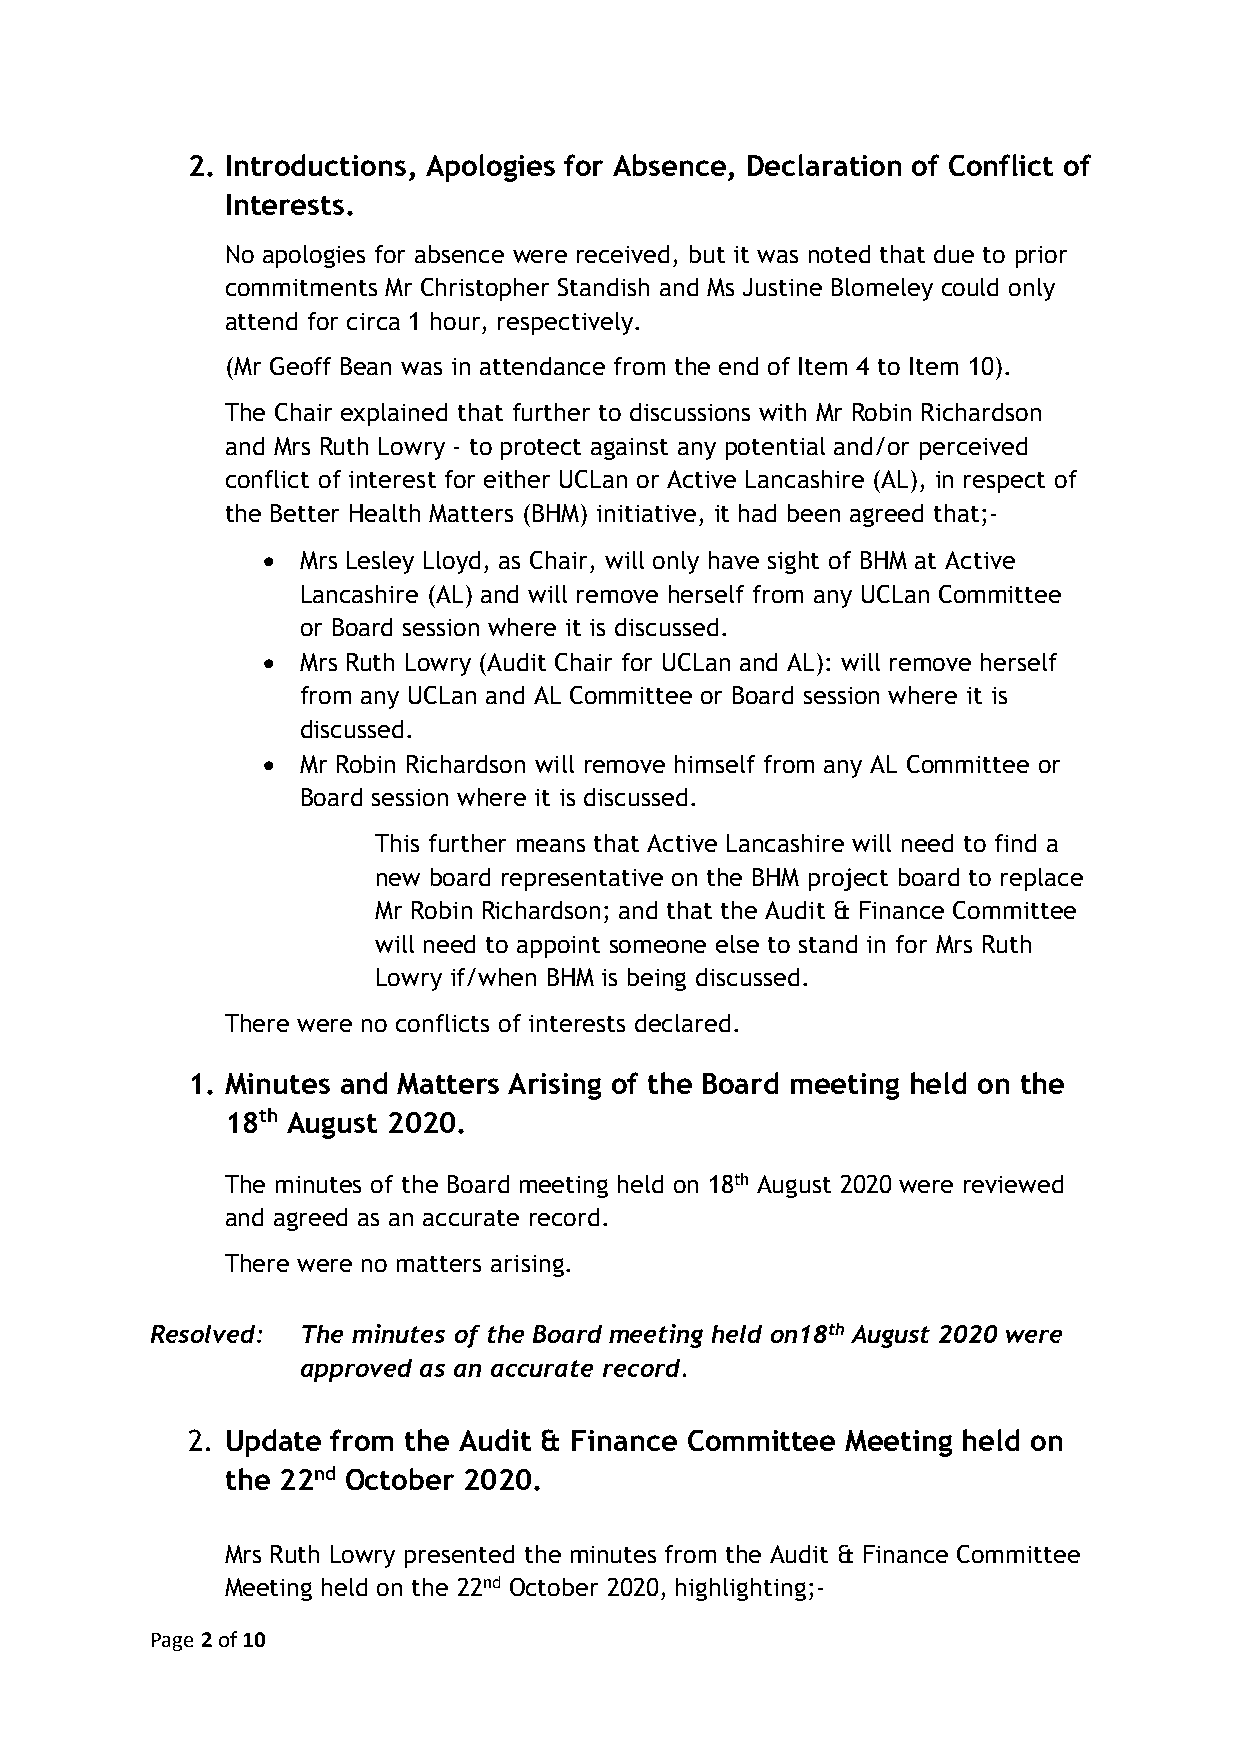
2. Introductions, Apologies for Absence, Declaration of Conflict of
 Interests.
 No apologies for absence were received, but it was noted that due to prior
 commitments Mr Christopher Standish and Ms Justine Blomeley could only
 attend for circa 1 hour, respectively.
 (Mr Geoff Bean was in attendance from the end of Item 4 to Item 10).
 The Chair explained that further to discussions with Mr Robin Richardson
 and Mrs Ruth Lowry - to protect against any potential and/or perceived
 conflict of interest for either UCLan or Active Lancashire (AL), in respect of
 the Better Health Matters (BHM) initiative, it had been agreed that;-
 •  Mrs Lesley Lloyd, as Chair, will only have sight of BHM at Active
 Lancashire (AL) and will remove herself from any UCLan Committee
 or Board session where it is discussed.
 •  Mrs Ruth Lowry (Audit Chair for UCLan and AL): will remove herself
 from any UCLan and AL Committee or Board session where it is
 discussed.
 •  Mr Robin Richardson will remove himself from any AL Committee or
 Board session where it is discussed.
 This further means that Active Lancashire will need to find a
 new board representative on the BHM project board to replace
 Mr Robin Richardson; and that the Audit & Finance Committee
 will need to appoint someone else to stand in for Mrs Ruth
 Lowry if/when BHM is being discussed.
 There were no conflicts of interests declared.
 1. Minutes and Matters Arising of the Board meeting held on the
 18th August 2020.
 The minutes of the Board meeting held on 18th August 2020 were reviewed
 and agreed as an accurate record.
 There were no matters arising.
 Resolved: The minutes of the Board meeting held on18th August 2020 were
 approved as an accurate record.
 2. Update from the Audit & Finance Committee Meeting held on
 the 22nd October 2020.
 Mrs Ruth Lowry presented the minutes from the Audit & Finance Committee
 Meeting held on the 22nd October 2020, highlighting;-
 Page 2 of 10